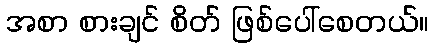
အစာ စားချင် စိတ် ဖြစ်ပေါ်စေတယ်။